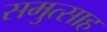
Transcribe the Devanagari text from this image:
समुत्साह